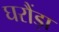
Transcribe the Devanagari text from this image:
घरौंड़ा